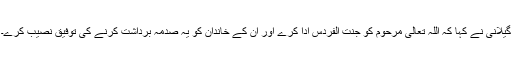
گیلانی نے کہا کہ اللہ تعالیٰ مرحوم کو جنت الفردس ادا کرے اور ان کے خاندان کو یہ صدمہ برداشت کرنے کی توفیق نصیب کرے۔